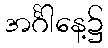
အင်္ဂါနေ့၌